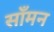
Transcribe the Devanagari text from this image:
साँमन